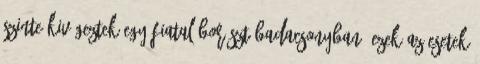
szinte kivégeztek egy fiatal borászt Badacsonyban. Ezek az esetek